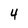
Character: 4